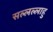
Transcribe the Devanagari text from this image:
सल्लल्लाहु